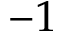
- 1